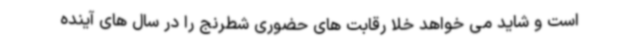
است و شاید می خواهد خلا رقابت های حضوری شطرنج را در سال های آینده